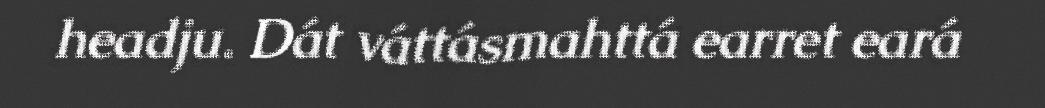
headju. Dát váttásmahttá earret eará